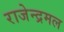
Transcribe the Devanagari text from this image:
राजेन्द्रमल